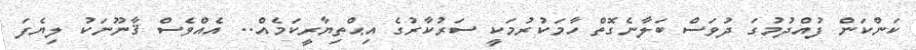
ކަންކަން ފުއްދުމުގަ ދުވަސް ބަލާނެގޮތް ހާމަކުރުމަކީ ސަރުކާރުގެ އިޙްތިޔާރީކަމެއް.. އެއްވެސް ޤާނޫނަކު ލިޔެފަ